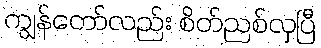
ကျွန်တော်လည်း စိတ်ညစ်လှပြီ